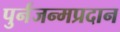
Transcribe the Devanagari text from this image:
पुर्नजन्मप्रदान